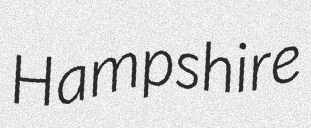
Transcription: Hampshire